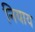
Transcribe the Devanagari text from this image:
नियाय